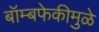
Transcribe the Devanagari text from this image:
बॉम्बफेकीमुळे